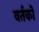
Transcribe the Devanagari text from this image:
वर्तकों